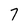
Character: 7